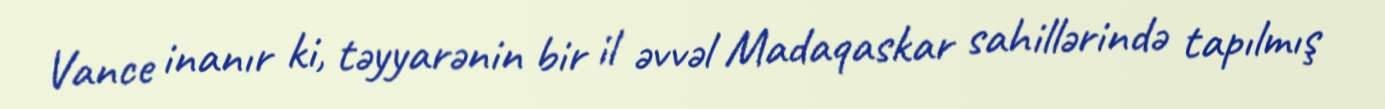
Vance inanır ki, təyyarənin bir il əvvəl Madaqaskar sahillərində tapılmış